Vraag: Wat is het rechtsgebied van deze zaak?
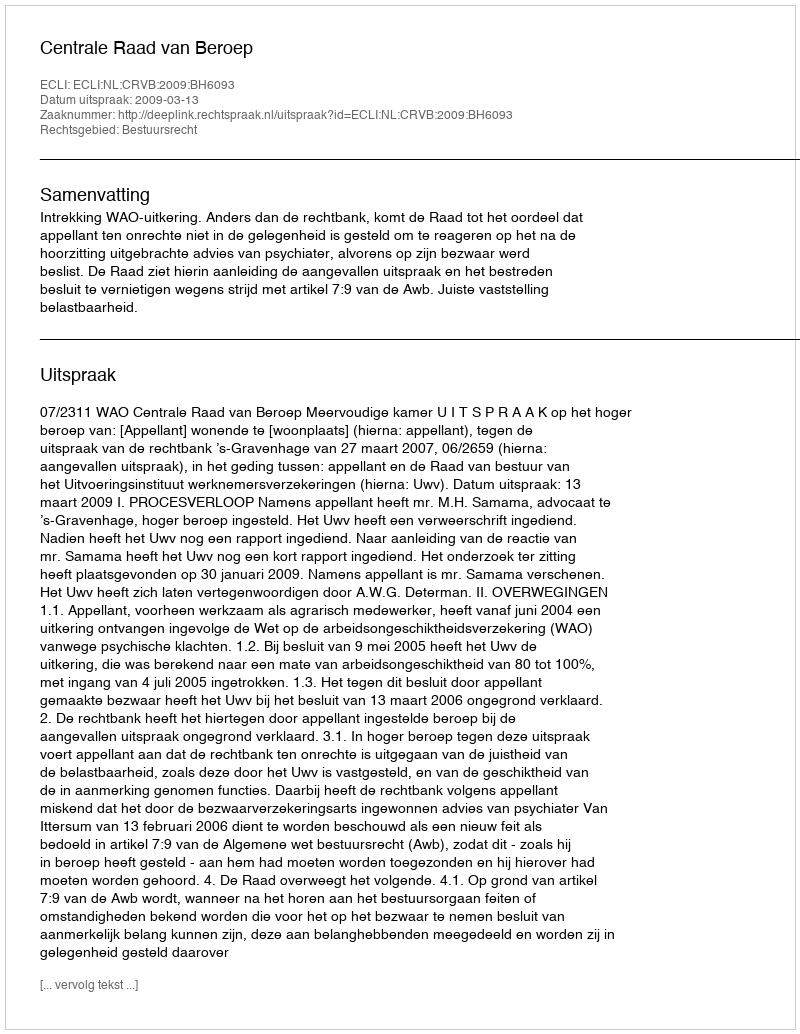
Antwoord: Bestuursrecht